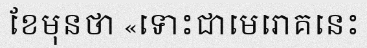
ខែមុនថា «ទោះជាមេរោគនេះ